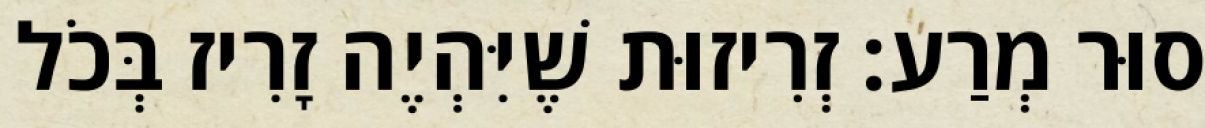
סוּר מְרַע: זְרִיזוּת שֶׁיִּהְיֶה זָרִיז בְּכֹל